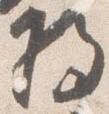
将